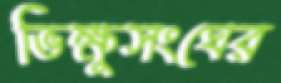
ভিক্ষুসংঘের